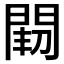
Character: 𨴒